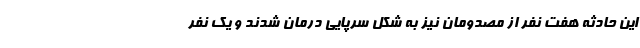
این حادثه هفت نفر از مصدومان نیز به شکل سرپایی درمان شدند و یک نفر